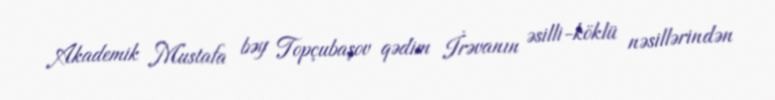
Akademik Mustafa bəy Topçubaşov qədim İrəvanın əsilli-köklü nəsillərindən